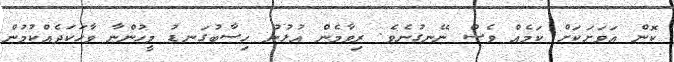
ކޮން އަވަށަކަށް ކަމެއް ވެސް ނޭނގުނެވެ. ރިވާމެން އުޅުނު ހިސާބުގަނޑު މީހުންނާ ވާހަކަދެއްކުމުން